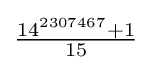
{\tfrac {14^{2307467}+1}{15}}